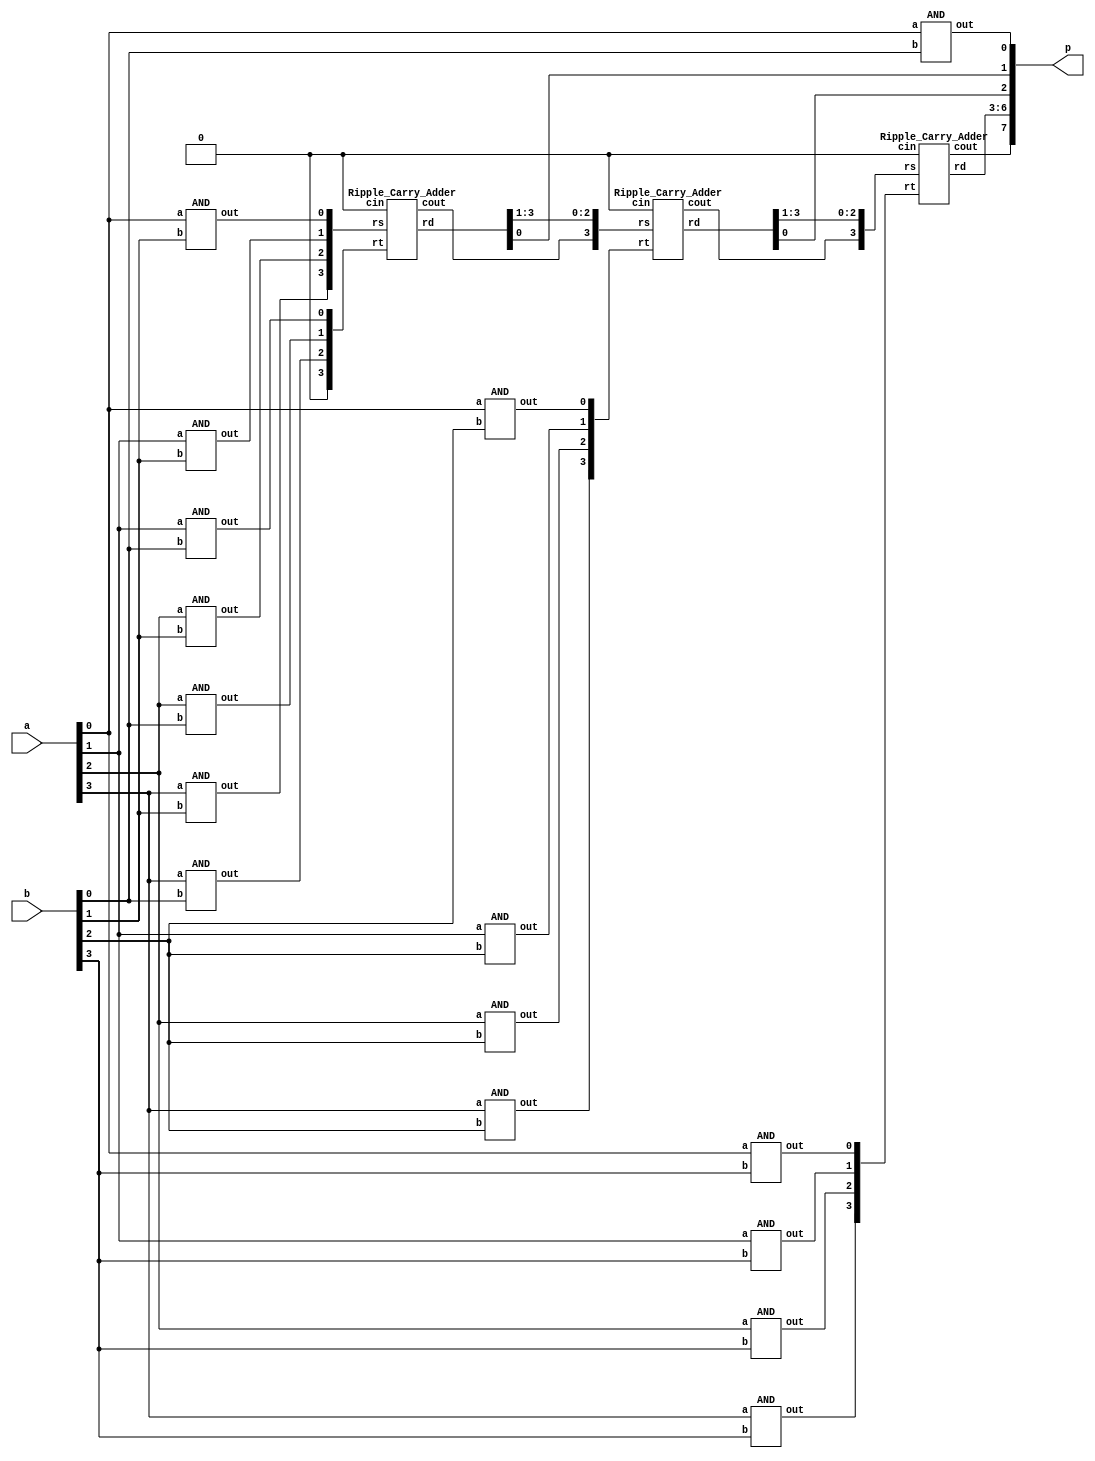
`timescale 1ns/1ps

module Multiplier_4bit(a, b, p);
input [3:0] a, b;
output [7:0] p;

wire [1:0] p1;
wire [2:0] p2;
wire [3:0] p3;
wire [2:0] p4;
wire [1:0] p5;
wire p6;

wire [2:0] c0, c1;
wire [2:0] carry;

wire neg_p1, neg_p2;

AND and_a0_b0(a[0], b[0], p[0]);

AND and_a1_b0(a[1], b[0], p1[0]);
AND and_a0_b1(a[0], b[1], p1[1]);

AND and_a2_b0(a[2], b[0], p2[0]);
AND and_a1_b1(a[1], b[1], p2[1]);
AND and_a0_b2(a[0], b[2], p2[2]);

AND and_a3_b0(a[3], b[0], p3[0]);
AND and_a2_b1(a[2], b[1], p3[1]);
AND and_a1_b2(a[1], b[2], p3[2]);
AND and_a0_b3(a[0], b[3], p3[3]);

AND and_a3_b1(a[3], b[1], p4[0]);
AND and_a2_b2(a[2], b[2], p4[1]);
AND and_a1_b3(a[1], b[3], p4[2]);

AND and_a3_b2(a[3], b[2], p5[0]);
AND and_a2_b3(a[2], b[3], p5[1]);

AND and_a3_b3(a[3], b[3], p6);


Ripple_Carry_Adder adder0(.rs({p4[0], p3[1], p2[1], p1[1]}), 
                          .rt({1'b0, p3[0], p2[0], p1[0]}), 
                          .rd({c0, p[1]}), 
                          .cin(1'b0), .cout(carry[0]));

Ripple_Carry_Adder adder1(.rs({carry[0], c0[2], c0[1], c0[0]}), 
                          .rt({p5[0], p4[1], p3[2], p2[2]}), 
                          .rd({c1, p[2]}), 
                          .cin(1'b0), .cout(carry[1]));

Ripple_Carry_Adder adder2(.rs({carry[1], c1[2], c1[1], c1[0]}), 
                          .rt({p6, p5[1], p4[2], p3[3]}), 
                          .rd({p[6], p[5], p[4], p[3]}), 
                          .cin(1'b0), .cout(p[7]));

endmodule

module Ripple_Carry_Adder(rs, rt, rd, cin, cout);
input [3:0] rs, rt;
input cin;
output [3:0] rd;
output cout;

wire rs0_neg;
wire [2:0] c;

Full_Adder f_adder0(.a(rs[0]), .b(rt[0]), .cin(cin), .cout(c[0]), .sum(rd[0]));
Full_Adder f_adder1(.a(rs[1]), .b(rt[1]), .cin(c[0]), .cout(c[1]), .sum(rd[1]));
Full_Adder f_adder2(.a(rs[2]), .b(rt[2]), .cin(c[1]), .cout(c[2]), .sum(rd[2]));
Full_Adder f_adder3(.a(rs[3]), .b(rt[3]), .cin(c[2]), .cout(cout), .sum(rd[3]));

endmodule

module Full_Adder(a, b, cin, cout, sum);
input a, b, cin;
output cout, sum;

wire a_xor_b, w1, w2, w3, w4;

XOR xor_a_b(a, b, a_xor_b);
XOR xor_a_b_cin(a_xor_b, cin, sum);

AND and_a_b(a, b, w1);
AND and_a_cin(a, cin, w2);
AND and_b_cin(b, cin, w3);
OR or0(w1, w2, w4);
OR or1(w3, w4, cout);

endmodule

module AND(a, b, out);
input a, b;
output out;

wire a_nand_b;

nand nand_a_b(a_nand_b, a, b);
NOT and_a_b(a_nand_b, out);

endmodule

module OR(a, b, f);
input a,b;
output f;

wire a_neg, b_neg;

NOT not_a(a, a_neg);
NOT not_b(b, b_neg);
nand nand_a_b(f, a_neg, b_neg);

endmodule

module NOT(in, out);
input in;
output out;

nand not_in(out, in, in);

endmodule

module XOR(a, b, out);
input a, b;
output out;

wire a_neg, b_neg, w0, w1;

NOT not_a(a, a_neg);
NOT not_b(b, b_neg);

AND and_a_negb(a, b_neg, w0);
AND and_nega_b(a_neg, b, w1);

OR xor_a_b(w0, w1, out);

endmodule